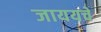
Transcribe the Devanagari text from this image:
जाययचे